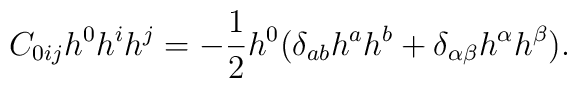
C_{0ij}h^{0}h^{i}h^{j}=-\frac{1}{2}h^{0}(\delta_{ab}h^{a}h^{b}+\delta_{\alpha\beta}h^{\alpha}h^{\beta}).